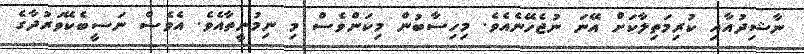
ނާޝިދުއާއި ކުރިމަތިލާކަށް އޭނަ ނުޖެހޭނެއެވެ. މިހިސާބުން މިކަންވެސް މި ނިމުނީތާއެވެ. އެވެސް ނަސީބެކޭވަރުދާގެ